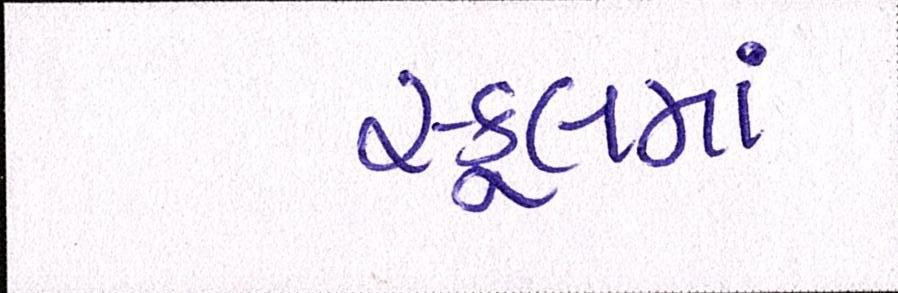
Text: સ્કૂલમાં